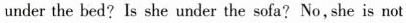
under the sofa? No,she is not